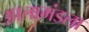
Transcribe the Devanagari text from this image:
आलामंडला